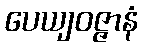
ပေယျဝဇ္ဇာနံ